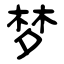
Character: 梦